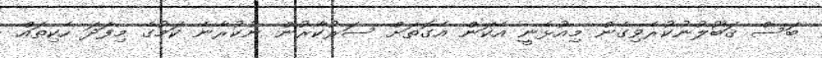
ބަސް ޤަބޫލުނުކުރެވިގެން މިއުޅެނީ އެކަން އެގޮތަށް ސަރުކާރުން ނުކުރާނެ ކަމުގެ މިފަދަ ހެކިތައް